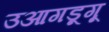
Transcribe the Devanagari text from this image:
उआगडूगू